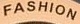
FASHION